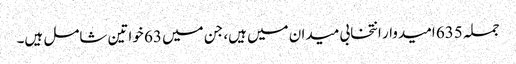
جملہ 635 امیدوار انتخابی میدان میں ہیں، جن میں 63 خواتین شامل ہیں۔